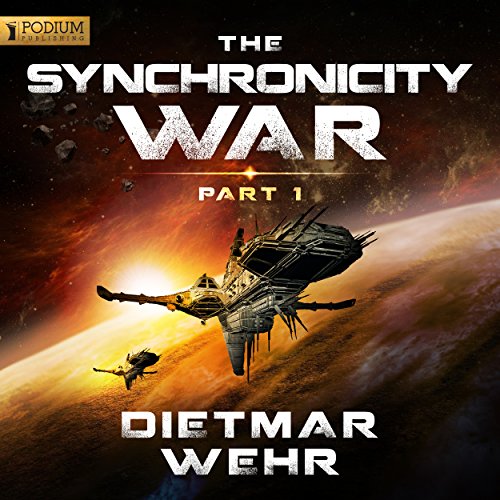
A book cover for The Synchronicity War, Part 1; Dietmar Wehr; Mystery, Thriller & Suspense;